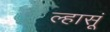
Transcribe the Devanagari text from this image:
ल्हासूं